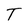
Character: T